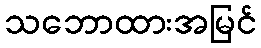
သဘောထားအမြင်